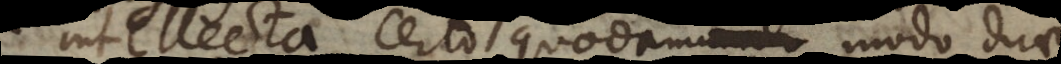
cta certo quodam modo duae